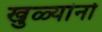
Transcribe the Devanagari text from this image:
खुळ्यांनो